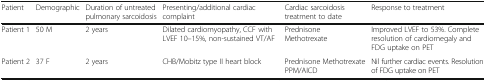
| Patient | Demographic | Duration of untreated pulmonary sarcoidosis | Presenting/additional cardiac complaint | Cardiac sarcoidosis treatment to date | Response to treatment |
 | --- | --- | --- | --- | --- | --- |
 | Patient 1 | 50 M | 2 years | Dilated cardiomyopathy, CCF with LVEF 10–15%, non-sustained VT/AF | Prednisone Methotrexate | Improved LVEF to 53%. Complete resolution of cardiomegaly and FDG uptake on PET |
 | Patient 2 | 37 F | 2 years | CHB/Mobitz type II heart block | Prednisone Methotrexate PPM/AICD | Nil further cardiac events. Resolution of FDG uptake on PET |